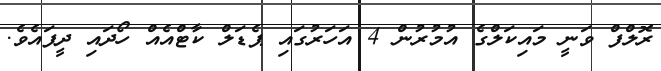
ރޮލްފް ވަނީ މައިކަލްގެ އުމުރުން 4 އަހަރުގައި ޕެޑަލް ކާޓްއެއް ހޯދައި ދީފައެވެ.